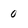
Character: 0